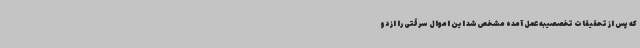
که پس از تحقیقات تخصصیبه عمل آمده مشخص شد این اموال سرقتی را از دو